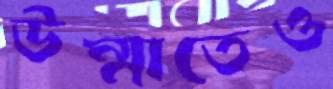
উম্মাতেও